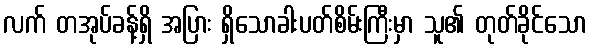
လက် တအုပ်ခန့်ရှိ အပြား ရှိသောခါးပတ်စိမ်းကြီးမှာ သူ၏ တုတ်ခိုင်သော